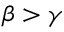
\beta > \gamma